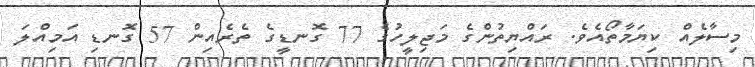
މިސާލެއް ކިޔަމާތޯއެވެ. ރައްޔިތުންގެ މަޖިލީހުގެ 77 ގޮނޑީގެ ތެރެއިން 57 ގޮނޑި އަމިއްލަ